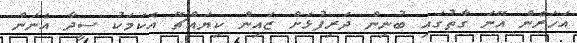
އަހަރެން އޭނަ ގާތުގައި ބުނިން ދަރިފުޅަށް ޒައިން ކިޔައްޗޭ އެކަމަކު ސީދާ އެނަން